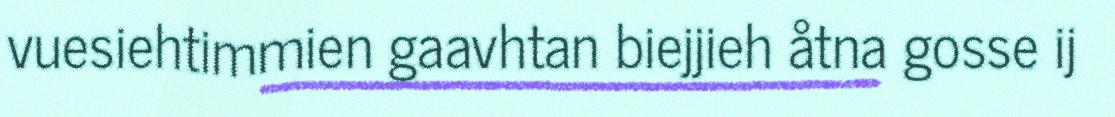
vuesiehtimmien gaavhtan biejjieh åtna gosse ij